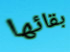
بقائها